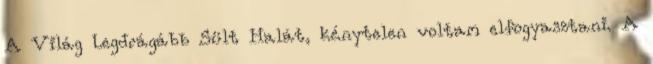
A Világ Legdrágább Sült Halát, kénytelen voltam elfogyasztani. A